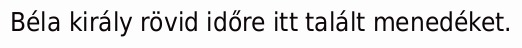
Béla király rövid időre itt talált menedéket.